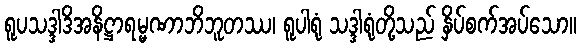
ရူပသဒ္ဒါဒိအနိဋ္ဌာရမ္မဏာဘိဘူတဿ၊ ရူပါရုံ သဒ္ဒါရုံတို့သည် နှိပ်စက်အပ်သော။